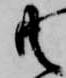
共